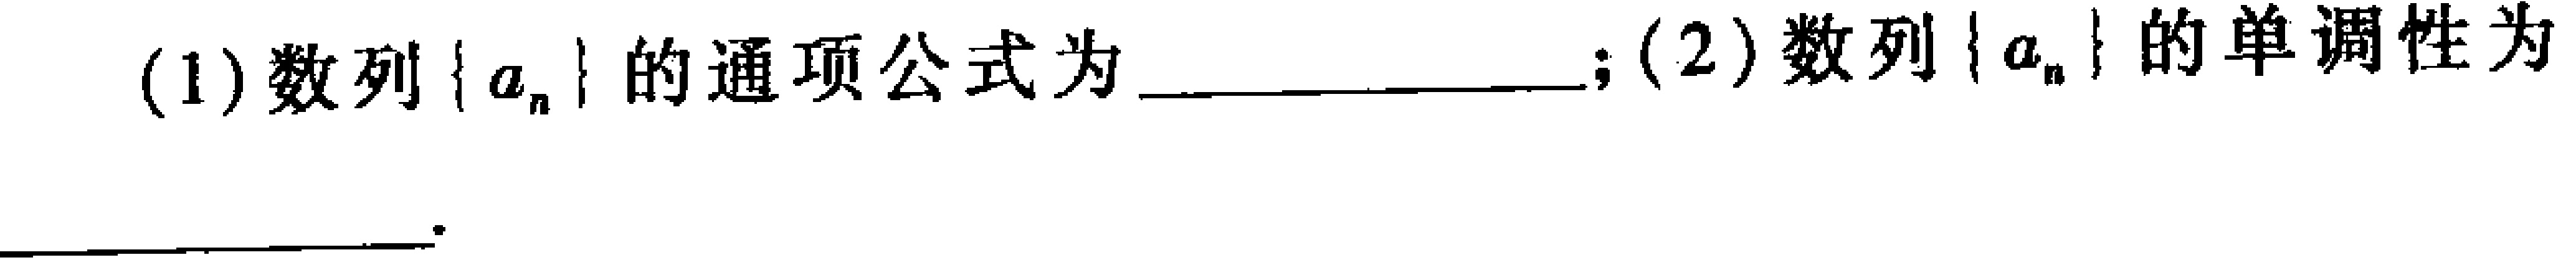
(1)数列\(\{ a_{n}\}\)的通项公式为  ；(2)数列\(\{ a_{n}\}\)的单调性为  。